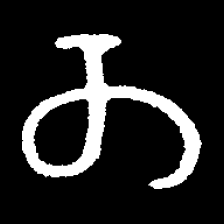
Pyu character \u2014 Myanmar letter: တ (romanized: ta)